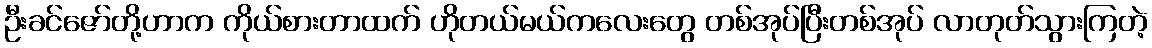
ဦးခင်ဇော်တို့ဟာက ကိုယ်စားတာထက် ဟိုတယ်မယ်ကလေးတွေ တစ်အုပ်ပြီးတစ်အုပ် လာတုတ်သွားကြတဲ့